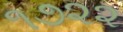
૧૭૨૨